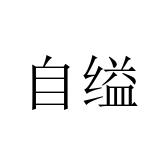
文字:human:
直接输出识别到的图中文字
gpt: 自缢